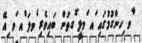
ާވ ިހންގުމުގައި ައ ަމލީ ޮގތުން ބައިވެރި ެވލަ ްއ ަވ ިއޭ